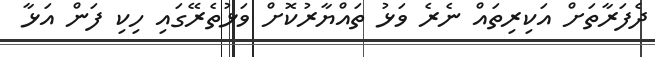
ދެފަރާތަށް އަކިރިތައް ނެރެ ވަޅު ތައްޔާރުކޮށް ވަޅުތެރޭގައި ހިކި ފަން އަޅާ